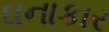
ઘનાકાર